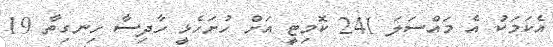
އެކަމަކު އެ މައްސަލަ 241 ކޮމިޓީ އަށް ހުށަހެޅީ ހާދިސާ ހިނގިތާ 19